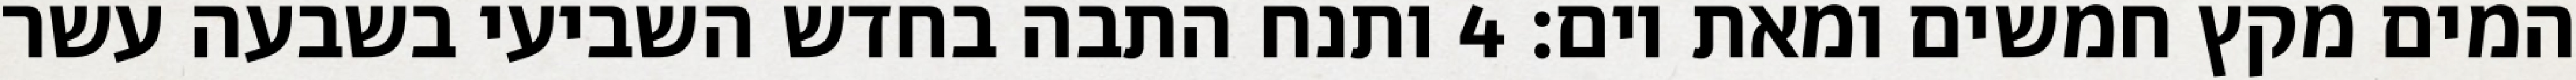
המים מקץ חמשים ומאת יום׃ ‎4‏ ותנח התבה בחדש השביעי בשבעה עשר